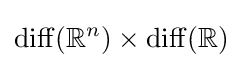
\operatorname {diff} (\mathbb {R} ^{n})\times \operatorname {diff} (\mathbb {R} )